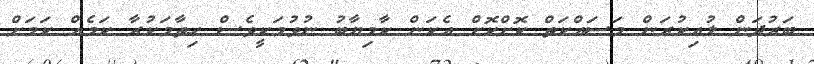
ބަރުދަން ލުއިކުރަން މަސައްކަތް ކޮށްކޮށް އެކަން ކާމިޔާބު ނުވުމަކީވެސް ހިތާމަކުރާ ކަމެއް ކަމަށް